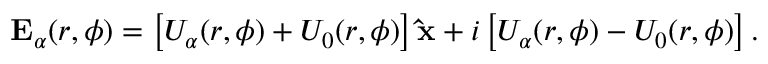
\mathbf { E } _ { \alpha } ( r , \phi ) = \left[ U _ { \alpha } ( r , \phi ) + U _ { 0 } ( r , \phi ) \right] { \bf \hat { x } } + i \left[ U _ { \alpha } ( r , \phi ) - U _ { 0 } ( r , \phi ) \right] .